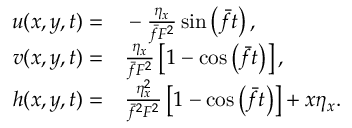
\begin{array} { r l } { u ( x , y , t ) = } & { { } - \frac { \eta _ { x } } { \bar { f } F ^ { 2 } } \sin \left( \bar { f } t \right) , } \\ { v ( x , y , t ) = } & { { } \frac { \eta _ { x } } { \bar { f } F ^ { 2 } } \left[ 1 - \cos \left( \bar { f } t \right) \right] , } \\ { h ( x , y , t ) = } & { { } \frac { \eta _ { x } ^ { 2 } } { \bar { f } ^ { 2 } F ^ { 2 } } \left[ 1 - \cos \left( \bar { f } t \right) \right] + x \eta _ { x } . } \end{array}